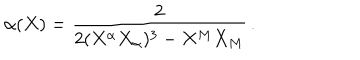
\alpha ( X ) = \frac { 2 } { 2 ( X ^ { \alpha } X _ { \alpha } ) ^ { 3 } - X ^ { M } X _ { M } } \, .